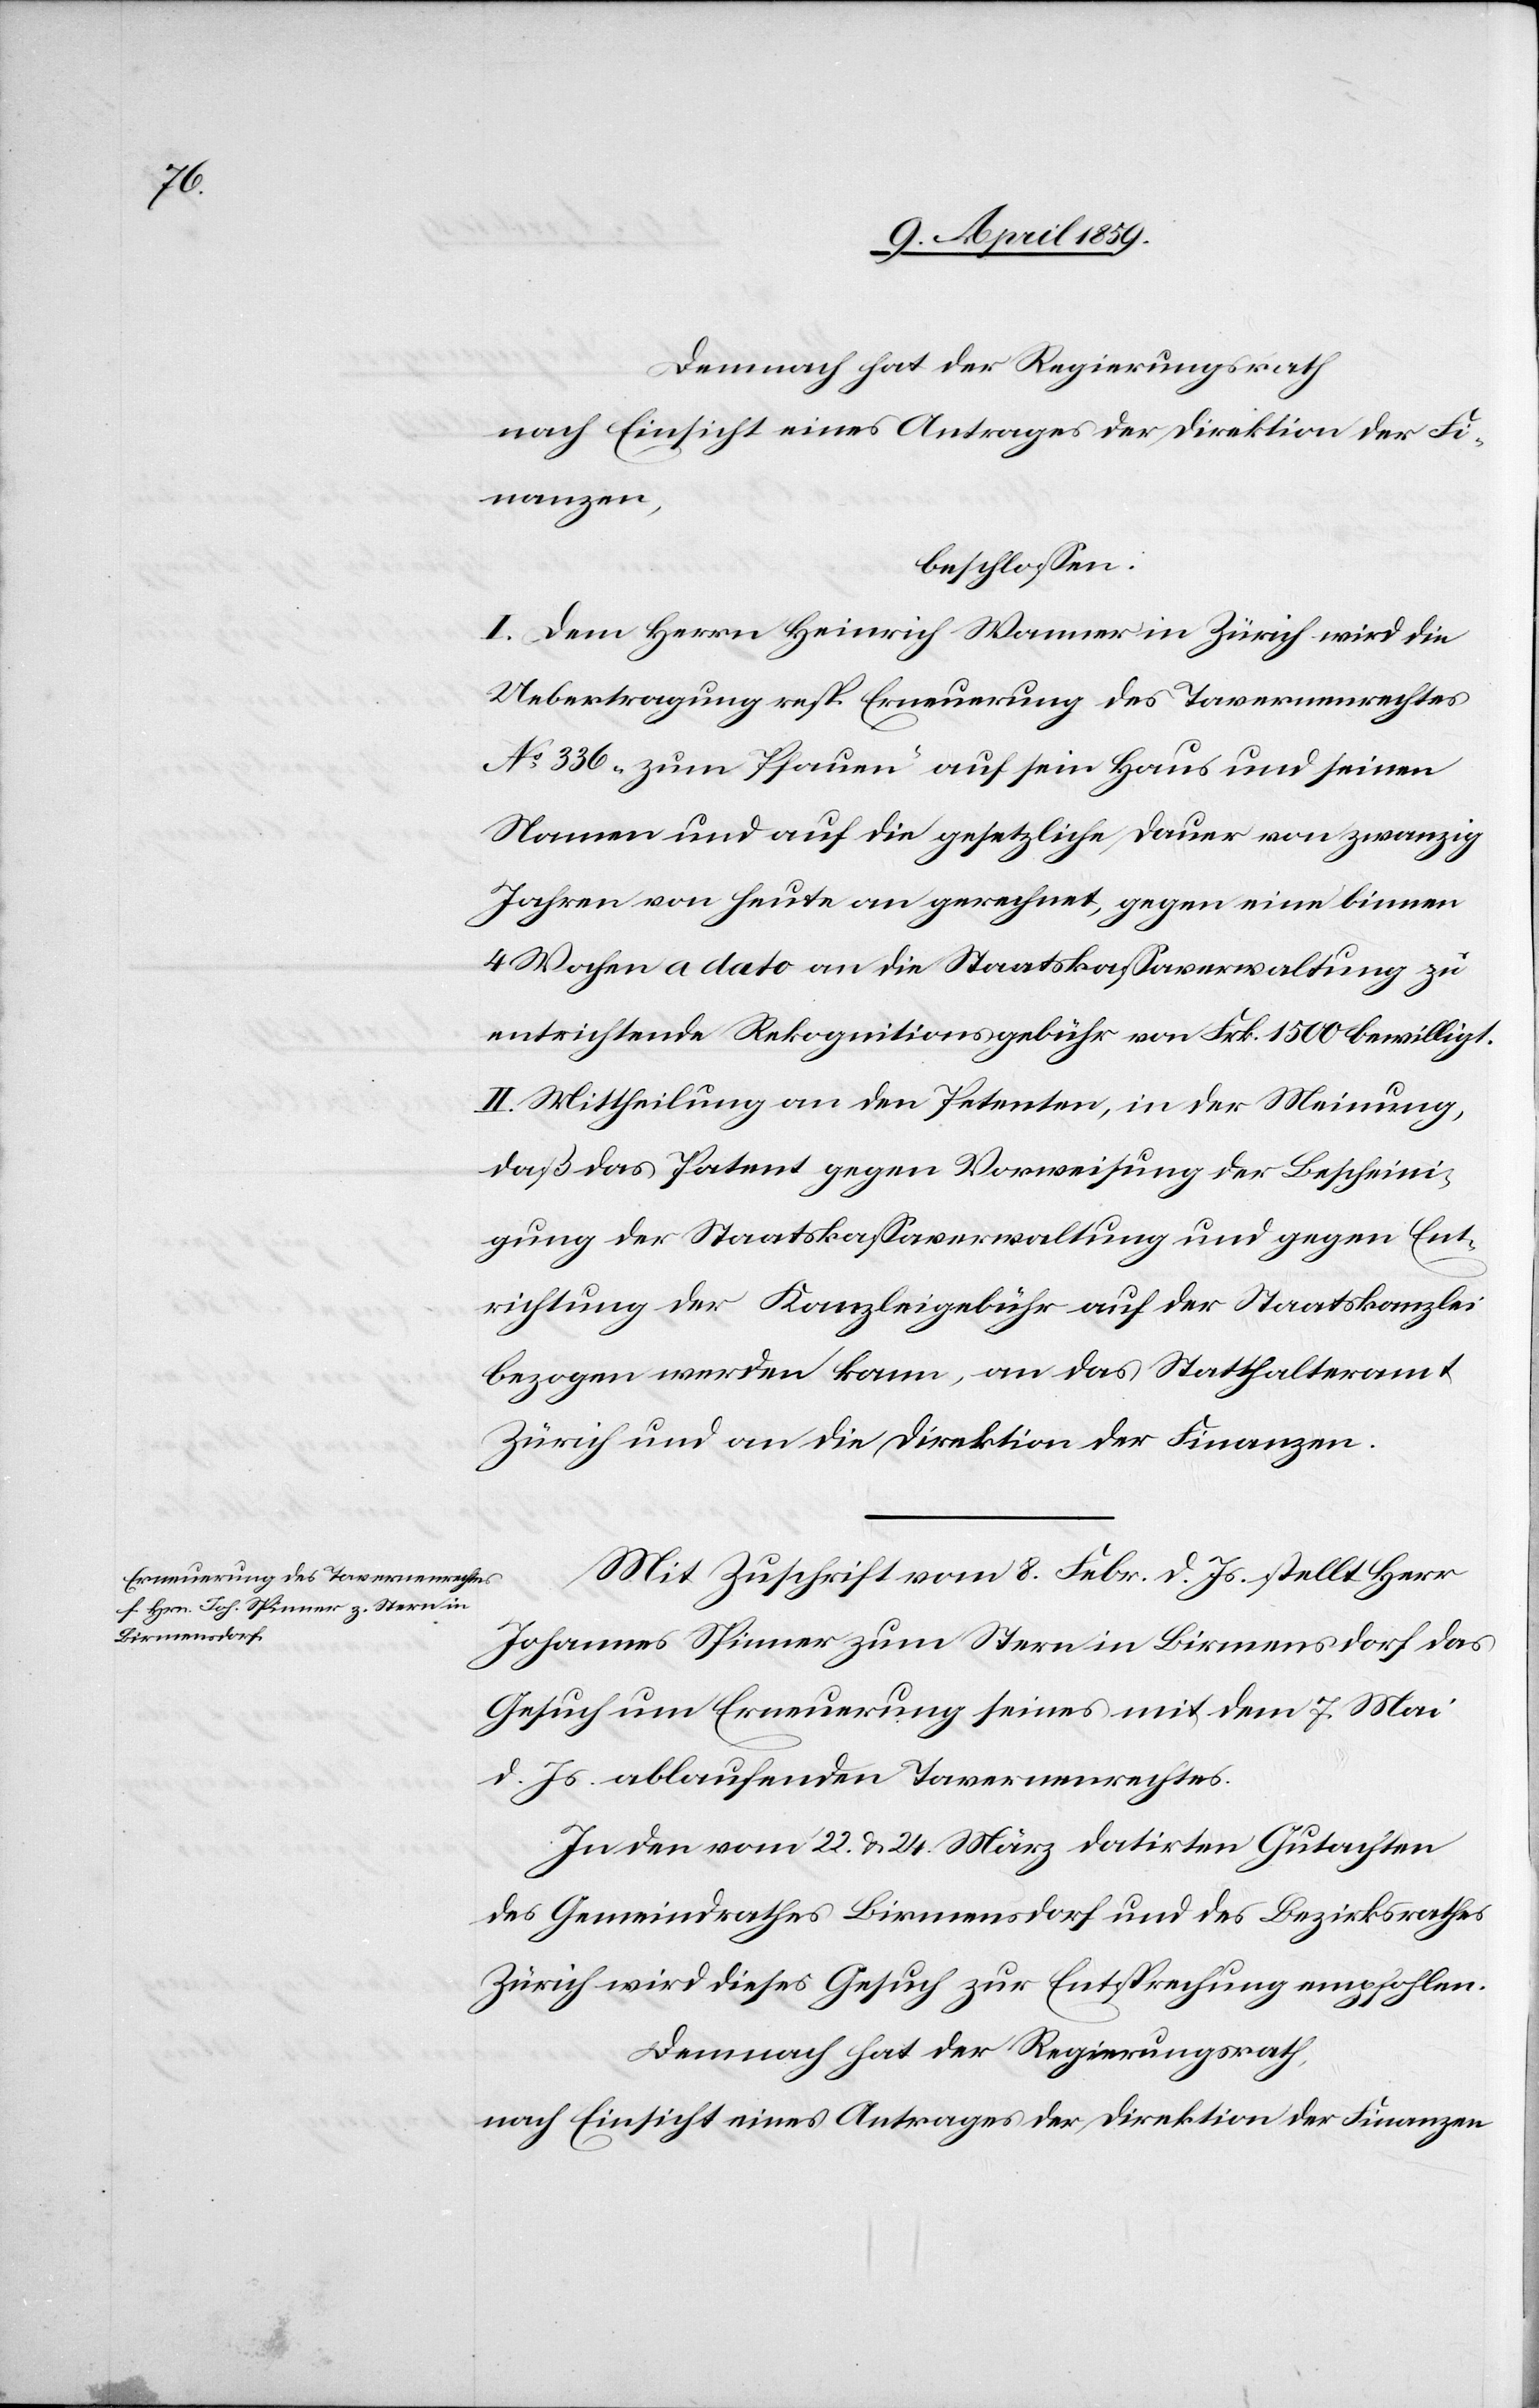
Demnach hat der Regierungsrath
nach Einsicht eines Antrages der Direktion der Fi¬
nanzen,
beschloßen:
I. Dem Herrn Heinrich Wanner in Zürich wird die
Uebertragung resp. Erneuerung des Tavernenrechtes
No 336 „zum Pfauen“ auf sein Haus und seinen
Namen und auf die gesetzliche Dauer von zwanzig
Jahren von heute an gerechnet, gegen eine binnen
4 Wochen a dato an die Staatskaßaverwaltung zu
entrichtende Rekognitionsgebühr von Frk. 1500 bewilligt.
II. Mittheilung an den Petenten, in der Meinung,
daß das Patent gegen Vorweisung der Bescheini¬
gung der Staatskaßaverwaltung und gegen Ent¬
richtung der Kanzleigebühr auf der Staatskanzlei
bezogen werden kann, an das Statthalteramt
Zürich und an die Direktion der Finanzen.
Mit Zuschrift vom 8. Febr. d. Js. stellt Herr
Johannes Spinner zum Stern in Birmensdorf das
Gesuch um Erneuerung seines mit dem 7. Mai
d. Js. ablaufenden Tavernenrechtes.
In den vom 22. & 24. März datirten Gutachten
des Gemeindrathes Birmensdorf und des Bezirksrathes
Zürich wird dieses Gesuch zur Entsprechung empfohlen.
Demnach hat der Regierungsrath,
nach Einsicht eines Antrages der Direktion der Finanzen